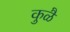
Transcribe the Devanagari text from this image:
कुळै